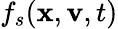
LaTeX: f_{s}({\mathbf{x}},{\mathbf{v}},t)